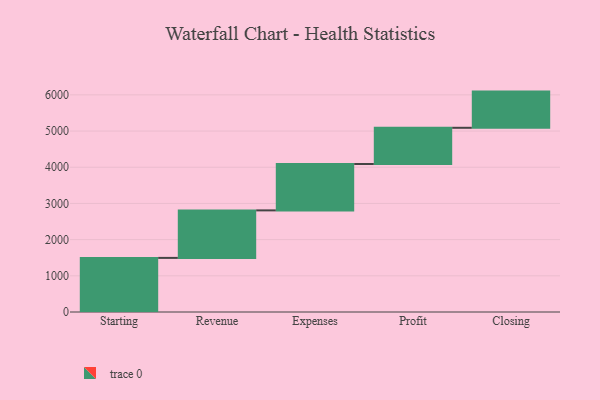
{"axis": {"x": "Step", "y": "Value"}, "legend": [""], "data": [{"x": "Starting", "y": 1495.0, "type": ""}, {"x": "Revenue", "y": 1313.0, "type": ""}, {"x": "Expenses", "y": 1282.0, "type": ""}, {"x": "Profit", "y": 1000, "type": ""}, {"x": "Closing", "y": 1000, "type": ""}]}